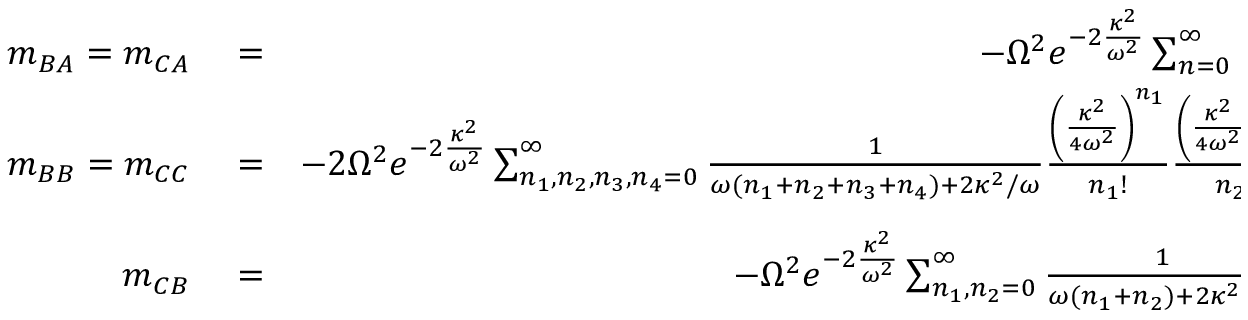
\begin{array} { r l r } { m _ { B A } = m _ { C A } } & { { } = } & { - \Omega ^ { 2 } e ^ { - 2 \frac { \kappa ^ { 2 } } { \omega ^ { 2 } } } \sum _ { n = 0 } ^ { \infty } \frac { 1 } { \omega n + 2 \kappa ^ { 2 } / \omega } \frac { \left[ \kappa ^ { 2 } / ( 2 \omega ^ { 2 } ) \right] ^ { n } } { n ! } ; } \\ { m _ { B B } = m _ { C C } } & { { } = } & { - 2 \Omega ^ { 2 } e ^ { - 2 \frac { \kappa ^ { 2 } } { \omega ^ { 2 } } } \sum _ { n _ { 1 } , n _ { 2 } , n _ { 3 } , n _ { 4 } = 0 } ^ { \infty } \frac { 1 } { \omega ( n _ { 1 } + n _ { 2 } + n _ { 3 } + n _ { 4 } ) + 2 \kappa ^ { 2 } / \omega } \frac { \left( \frac { \kappa ^ { 2 } } { 4 \omega ^ { 2 } } \right) ^ { n _ { 1 } } } { n _ { 1 } ! } \frac { \left( \frac { \kappa ^ { 2 } } { 4 \omega ^ { 2 } } \right) ^ { n _ { 2 } } } { n _ { 2 } ! } \frac { \left( \frac { 3 \kappa ^ { 2 } } { 4 \omega ^ { 2 } } \right) ^ { n _ { 3 } } } { n _ { 3 } ! } \frac { \left( \frac { 3 \kappa ^ { 2 } } { 4 \omega ^ { 2 } } \right) ^ { n _ { 4 } } } { n _ { 4 } ! } ; } \\ { m _ { C B } } & { { } = } & { - \Omega ^ { 2 } e ^ { - 2 \frac { \kappa ^ { 2 } } { \omega ^ { 2 } } } \sum _ { n _ { 1 } , n _ { 2 } = 0 } ^ { \infty } \frac { 1 } { \omega ( n _ { 1 } + n _ { 2 } ) + 2 \kappa ^ { 2 } / \omega } \frac { \left( - \frac { \kappa ^ { 2 } } { 4 \omega ^ { 2 } } \right) ^ { n _ { 1 } } } { n _ { 1 } ! } \frac { \left( \frac { 3 \kappa ^ { 2 } } { 4 \omega ^ { 2 } } \right) ^ { n _ { 3 } } } { n _ { 3 } ! } . } \end{array}